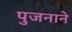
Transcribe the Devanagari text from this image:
पुजनाने